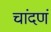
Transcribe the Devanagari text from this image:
चांदणं